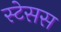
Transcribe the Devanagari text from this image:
स्टेसस